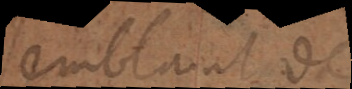
semblant de